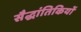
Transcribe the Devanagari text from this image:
सैद्धांतिकियों